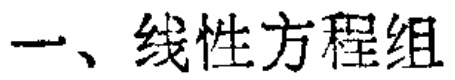
一、线性方程组